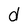
Character: d